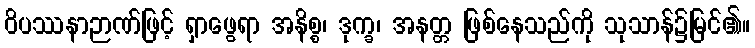
ဝိပဿနာဉာဏ်ဖြင့် ရှာဖွေရာ အနိစ္စ၊ ဒုက္ခ၊ အနတ္တ ဖြစ်နေသည်ကို သုသာန်၌မြင်၏။